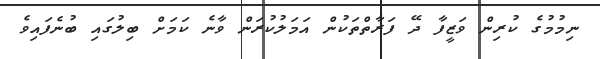
ނިމުމުގެ ކުރިން ވަޒީފާ ދޭ ފަރާތްތަކުން އަމަލުކުރަން ވާނެ ކަމަށް ބިލުގައި ބުނެފައިވެ